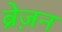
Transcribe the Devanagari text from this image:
ब्रेज़न